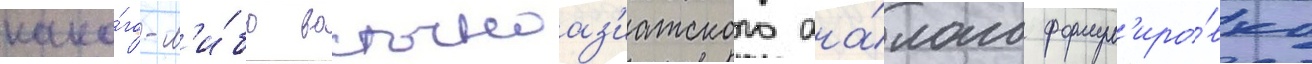
како́го-л'и́бо восточноаз'иатского ана́лога формул'иро́вка